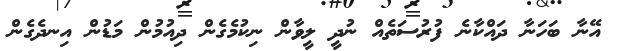
އޭނާ ބަހަނާ ދައްކާނެ ފުރުސަތެއް ނުދީ ލީވާން ނިކުމެގެން ދިއުމުން މަޑުން އިނދެގެން